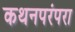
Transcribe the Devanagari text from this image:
कथनपरंपरा